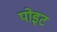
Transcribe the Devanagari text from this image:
पोइट